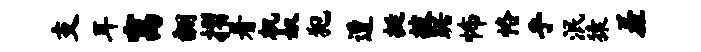
支耳寓翻摺着机奴犯遭挺披踞怖恪乎泯猿羞